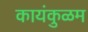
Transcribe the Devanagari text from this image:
कायंकुळम